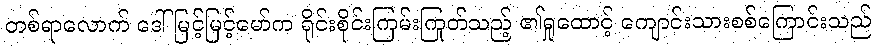
တစ်ရာလောက် ဒေါ်မြင့်မြင့်မော်က ရိုင်းစိုင်းကြမ်းကြုတ်သည့် ၏ရှုထောင့် ကျောင်းသားစစ်ကြောင်းသည်